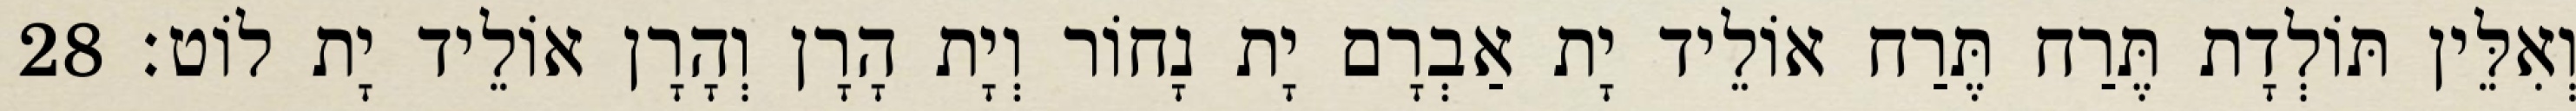
וְאִלֵּין תּוֹלְדָת תֶּרַח תֶּרַח אוֹלֵיד יָת אַבְרָם יָת נָחוֹר וְיָת הָרָן וְהָרָן אוֹלֵיד יָת לוֹט׃ 28